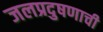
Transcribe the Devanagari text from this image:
जलप्रदुषणाची